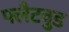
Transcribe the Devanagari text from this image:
फ्लैटवुड